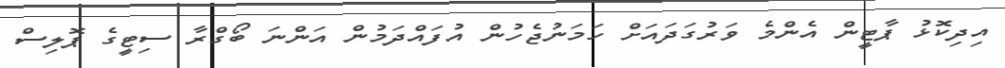
އިދިކޮޅު ޕާޓީން އެންމެ ވަރުގަދައަށް ހަމަނުޖެހުން އުފައްދަމުން އަންނަ ބޯގްރާ ސިޓީގެ ޕޮލިސް